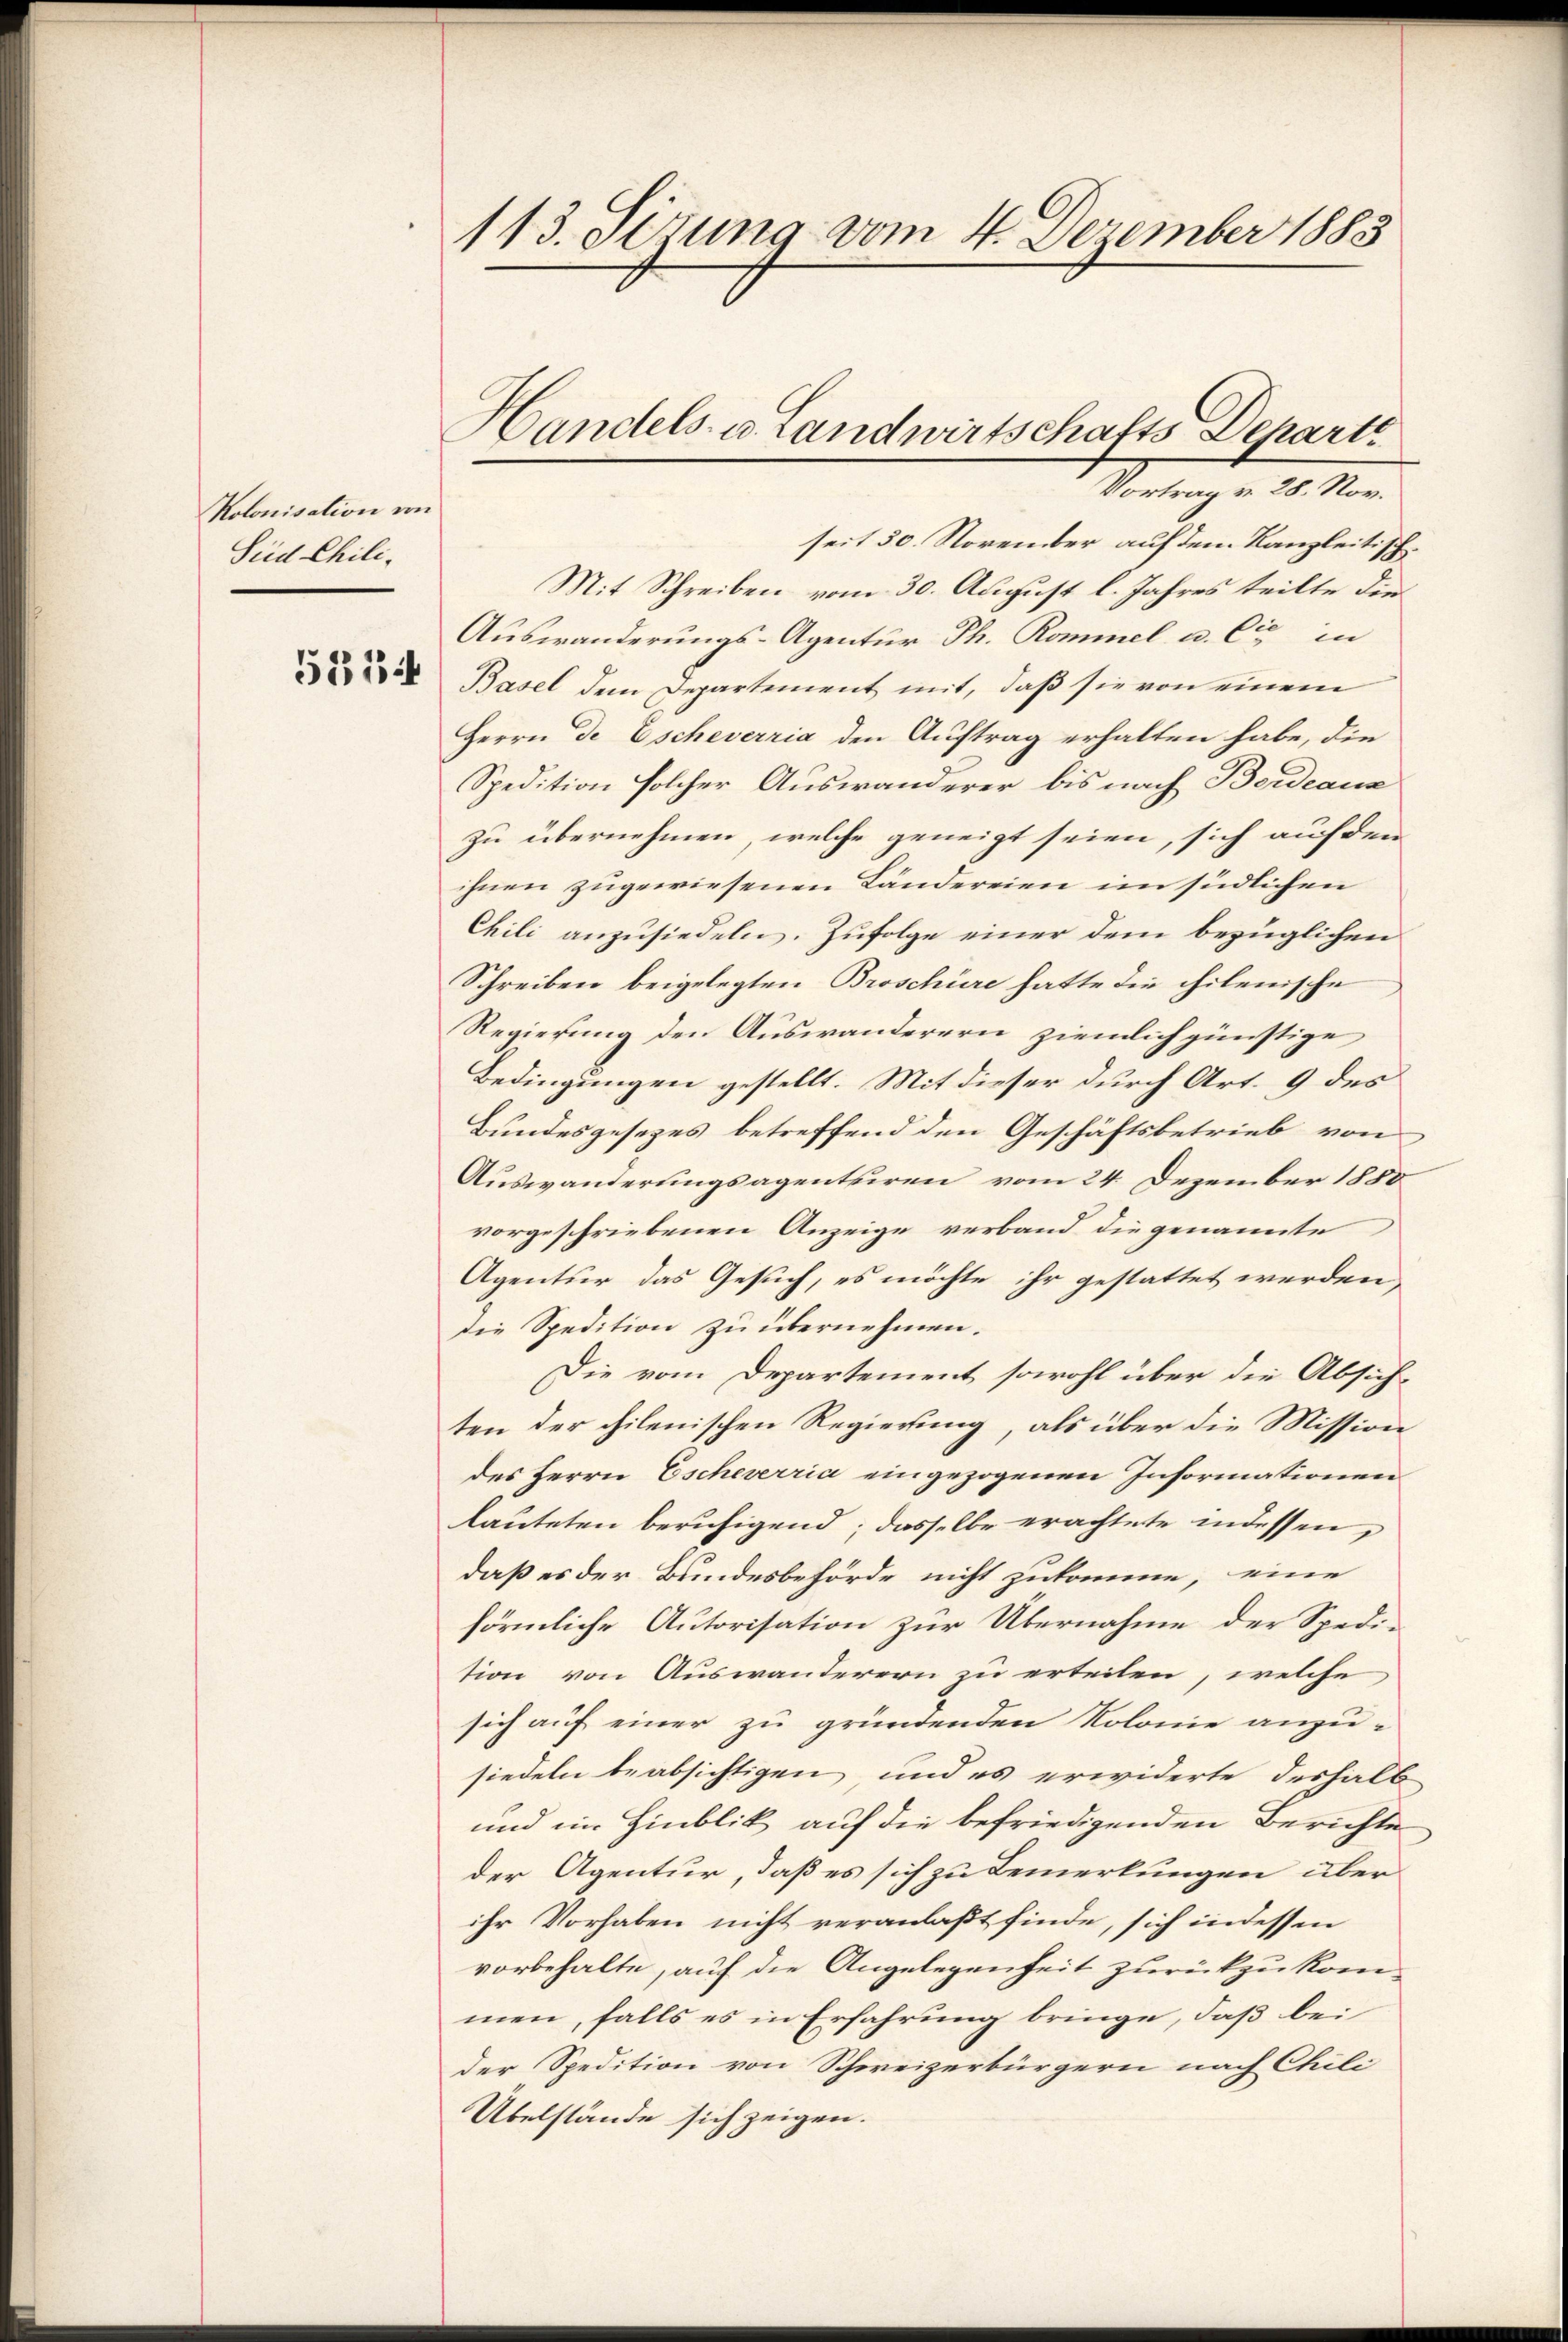
Kolonisation von
Sied Chili-

5314

113. Sizung vom 4. Dezember 1883

Handels- u. Landwirtschafts Departi
Vortrag v. 20. Nov.

seit 30. November auf dem Kanzleitisch¬
Mit Schreiben vom 30. August l. Jahres teilte die
Auswanderungs-Agentur Th. Rommel u. Cie in
Basel dem Departement mit, daß sie von einem
Herrn De Escheverria den Auftrag erhalten habe, die
Spedition solcher Auswanderer bis nach Berdeaua
zu übernehmen, welche geneigt seien, sich auf den
ihnen zugewiesenen Ländereien im südlichen
Chili anzusiedeln. Zufolge einer dem bezüglichen
Schreiben beigelegten Broschüre hatte die chilenische
Regierung den Auswanderern ziemlich günstige
Bedingungen gestellt. Mit dieser durch Art. 9 des
Bundesgesezes betreffend den Geschäftsbetrieb von
Auswanderungsagenturen vom 24. Dezember 1880
vorgeschriebenen Anzeige verband die genannte
Agentur das Gesuch, es möchte ihr gestattet werden
die Spedition zu übernehmen.
Die vom Departement sowohl über die Absiche
ten der pilenischen Regierung, als über die Mission
des Herrn Escheverria eingezogenen Informationen
lauteten beruhigend; dasselbe erachtete indessen
daß es der Bundesbehörde nicht zukomme, eine
förmliche Autorisation zur Übernahme der Spedi-
tion von Auswanderern zu erteilen, welche
sich auf einer zu gründenden Kolonie anzu-
siedeln beabsichtigen und es erwiderte deshalb
und im Hinblik auf die befriedigenden Berichte
der Agentur, daß es sich zu Bemerkungen über
ihr Vorhaben nicht veranlaßt finde, sich in dessen
vorbehalte, auf die Angelegenheit zurückzukommen, falls es in Erfahrung bringe, daß bei
der Spedition von Schweizerbürgern nach Chili
Übelstände sich zeigen.